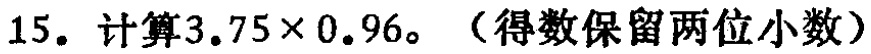
15. 计算$3.75\times0.96$。（得数保留两位小数）